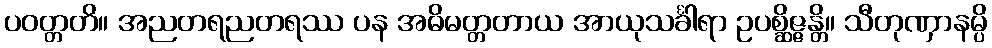
ပဝတ္တတိ။ အညတရညတရဿ ပန အဓိမတ္တတာယ အာယုသင်္ခါရာ ဥပစ္ဆိဇ္ဇန္တိ။ သီတုဏှာနမ္ပိ